Indian journal of veterinary science and animal husbandry - Volumes 15-17, 1948-1951
Year: 1948
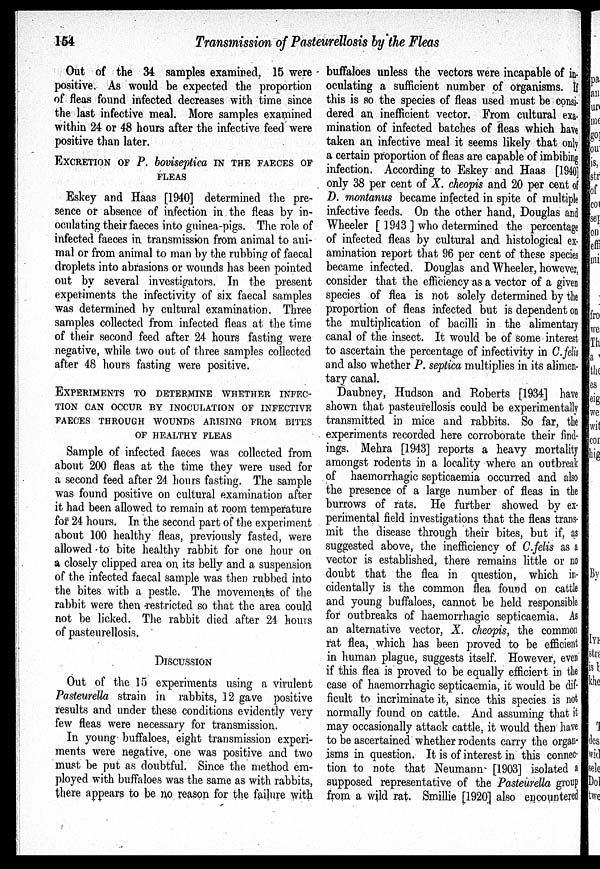
154
Transmission of Pasteurellosis by the Fleas
Out of the 34 samples examined, 15 were
positive. As would be expected the proportion
of fleas found infected decreases with time since
the last infective meal. More samples examined
within 24 or 48 hours after the infective feed were
positive than later.
EXCRETION OF P. boviseptica IN THE FAECES OF
FLEAS
Eskey and Haas [1940] determined the pre-
sence or absence of infection in the fleas by in-
oculating their faeces into guinea-pigs. The role of
infected faeces in transmission from animal to ani-
mal or from animal to man by the rubbing of faecal
droplets into abrasions or wounds has been pointed
out by several investigators. In the present
experiments the infectivity of six faecal samples
was determined by cultural examination. Three
samples collected from infected fleas at the time
of their second feed after 24 hours fasting were
negative, while two out of three samples collected
after 48 hours fasting were positive.
EXPERIMENTS
TO
DETERMINE
WHETHER
INFEC-
---- CAN OCCUR BY INOCULATION OF INFECTIVE
FAECES THROUGH WOUNDS ARISING FROM BITES
OF HEALTHY FLEAS
Sample of infected faeces was collected from
about 200 fleas at the time they were used for
a second feed after 24 hours fasting. The sample
was found positive on cultural examination after
it had been allowed to remain at room temperature
for 24 hours. In the second part of the experiment
about 100 healthy fleas, previously fasted, were
allowed to bite healthy rabbit for one hour on
a closely clipped area on its belly and a suspension
of the infected faecal sample was then rubbed into
the bites with a pestle. The movements of the
rabbit were then restricted so that the area could
not be licked. The rabbit died after 24 hours
of pasteurellosis.
DISCUSSION
Out of the 15 experiments using a virulent
Pasteurella strain in rabbits, 12 gave positive
results and under these conditions evidently very
few fleas were necessary for transmission.
In young buffaloes, eight transmission experi-
ments were negative, one was positive and two
must be put as doubtful. Since the method em-
ployed with buffaloes was the same as with rabbits,
there appears to be no reason for the failure with
buffaloes unless the vectors were incapable of in-
oculating a sufficient number of organisms. If
this is so the species of fleas used must be consi-
dered an inefficient vector. From cultural exa-
mination of infected batches of fleas which have
taken an infective meal it seems likely that only
a certain proportion of fleas are capable of imbibing
infection. According to Eskey and Haas [1940]
only 38 per cent of X. cheopis and 20 per cent of
D. montanus became infected in spite of multiple
infective feeds. On the other hand, Douglas and
Wheeler [ 1943 ] who determined the percentage
of infected fleas by cultural and histological ex-
amination report that 96 per cent of these species
became infected. Douglas and Wheeler, however,
consider that the efficiency as a vector of a given
species of flea is not solely determined by the
proportion of fleas infected but is dependent on
the multiplication of bacilli in the alimentary
canal of the insect. It would be of some interest
to ascertain the percentage of infectivity in C. felis
and also whether P. septica multiplies in its alimen-
tary canal.
Daubney, Hudson and Roberts [1934] have
shown that pasteurellosis could be experimentally
transmitted in mice and rabbits. So far, the
experiments recorded here corroborate their find-
ings. Mehra [1943] reports a heavy mortality
amongst rodents in a locality where an outbreak
of haemorrhagic septicaemia occurred and also
the presence of a large number of fleas in the
burrows of rats. He further showed by ex-
perimental field investigations that the fleas trans-
mit the disease through their bites, but if, as
suggested above, the inefficiency of C. felis as a
vector is established, there remains little or no
doubt that the flea in question, which in-
cidentally is the common flea found on cattle
and young buffaloes, cannot be held responsible
for outbreaks of haemorrhagic septicaemia. As
an alternative vector, X. cheopis, the common
rat flea, which has been proved to be efficient
in human plague, suggests itself. However, even
if this flea is proved to be equally efficient in the
case of haemorrhagic septicaemia, it would be dif-
ficult to incriminate it, since this species is not
normally found on cattle. And assuming that it
may occasionally attack cattle, it would then have
to be ascertained whether rodents carry the organ-
isms in question. It is of interest in this connec-
tion to note that Neumann [1903] isolated a
supposed representative of the Pasteurella group
from a wild rat. Smillie [1920] also encountered